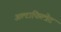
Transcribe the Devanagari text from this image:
अल्टाफिल्त्रेट